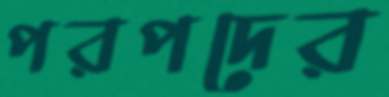
পরপদের